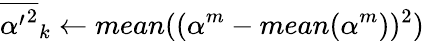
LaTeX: {\overline{{{\alpha^{\prime}}^{2}}}}_{k}\gets mean((\alpha^{m}-mean(\alpha^{m}))^{2})